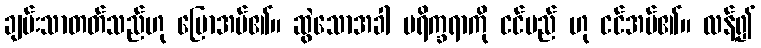
ချမ်းသာတတ်သည်ဟု ပြောအပ်၏။ ဆွဲသောအခါ ပရိက္ခရာကို ငင်မည် ဟု ငင်အပ်၏။ လန့်၍